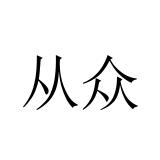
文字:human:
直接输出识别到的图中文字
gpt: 从众